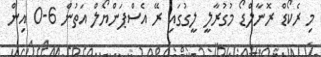
މި ރެކޯޑް ރޮނާލްޑޯ މުގުރާލީ ލީގުގައި ރޭ އެސްޕަންޔޯލް އަތުން 6-0 އިން